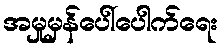
အမှုမှန်ပေါ်ပေါက်ရေး